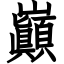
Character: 巓